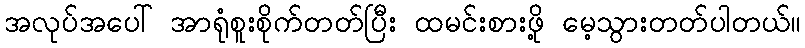
အလုပ်အပေါ် အာရုံစူးစိုက်တတ်ပြီး ထမင်းစားဖို့ မေ့သွားတတ်ပါတယ်။